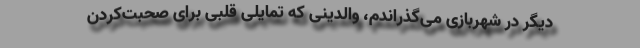
دیگر در شهربازی می‌گذراندم، والدینی که تمایلی قلبی برای صحبت‌کردن